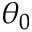
\theta _ { 0 }